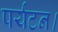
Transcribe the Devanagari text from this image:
पर्यटन।